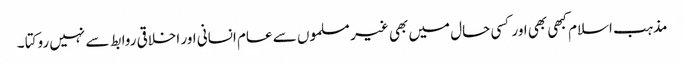
مذہب اسلام کبھی بھی اور کسی حال میں بھی غیر مسلموں سے عام انسانی اور اخلاقی روابط سے نہیں روکتا ۔